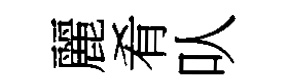
麗肴㕥